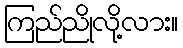
ကြည်ညိုလို့လား။